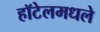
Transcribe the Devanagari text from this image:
हॉटेलमधले